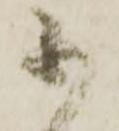
不